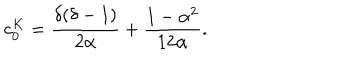
\displaystyle c _ { 0 } ^ { K } = \frac { \delta ( \delta - 1 ) } { 2 \alpha } + \frac { 1 - \alpha ^ { 2 } } { 1 2 \alpha } .